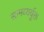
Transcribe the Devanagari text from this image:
सामथ्यर्युक्त